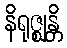
နိရုဇ္ဈန္တိ